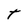
Character: T